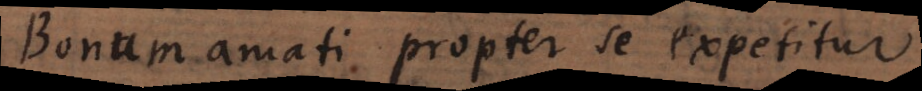
Bonum amati propter se expetitur.